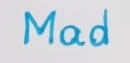
Mad